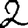
Digit: 2